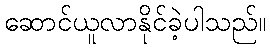
ဆောင်ယူလာနိုင်ခဲ့ပါသည်။